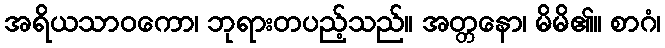
အရိယသာဝကော၊ ဘုရားတပည့်သည်။ အတ္တနော၊ မိမိ၏။ စာဂံ၊